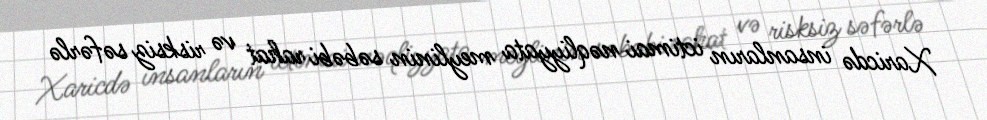
Xaricdə insanların ictimai nəqliyyata meylinin səbəbi rahat və risksiz səfərlə